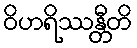
ဝိဟရိဿန္တီတိ